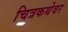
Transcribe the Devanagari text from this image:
चित्रकथेवर